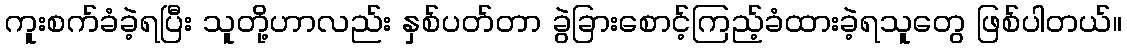
ကူးစက်ခံခဲ့ရပြီး သူတို့ဟာလည်း နှစ်ပတ်တာ ခွဲခြားစောင့်ကြည့်ခံထားခဲ့ရသူတွေ ဖြစ်ပါတယ်။